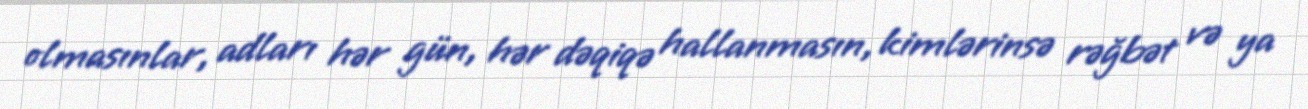
olmasınlar, adları hər gün, hər dəqiqə hallanmasın, kimlərinsə rəğbət və ya